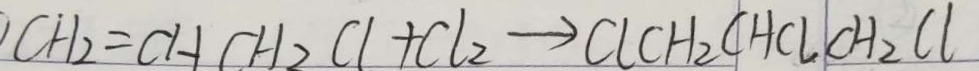
C H _ { 2 } = C H C H _ { 2 } C l + C l _ { 2 } \rightarrow C l C H _ { 2 } C H C l C H _ { 2 } C l